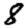
Digit: 8